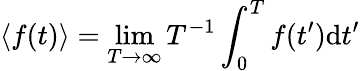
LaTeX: \langle f(t)\rangle=\operatorname*{lim}_{T\rightarrow\infty}T^{-1}\int_{0}^{T}f(t^{\prime})\mathrm{d}t^{\prime}